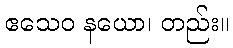
ဧသေဝ နယော၊ တည်း။